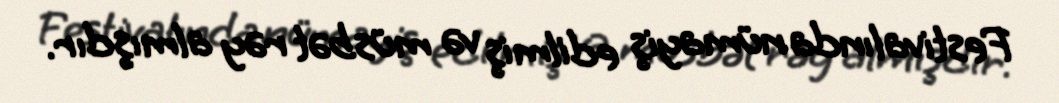
Festivalında nümayiş edilmiş və müsbət rəy almışdır.